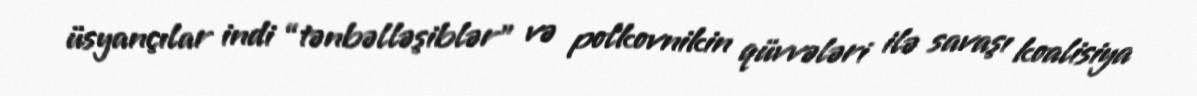
üsyançılar indi “tənbəlləşiblər” və polkovnikin qüvvələri ilə savaşı koalisiya